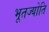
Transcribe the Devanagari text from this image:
भूतज्योति